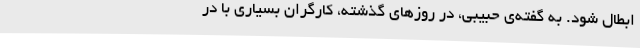
ابطال شود. به گفته‌ی حبیبی، در روزهای گذشته، کارگران بسیاری با در